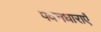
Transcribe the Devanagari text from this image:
पवनधाराएँ